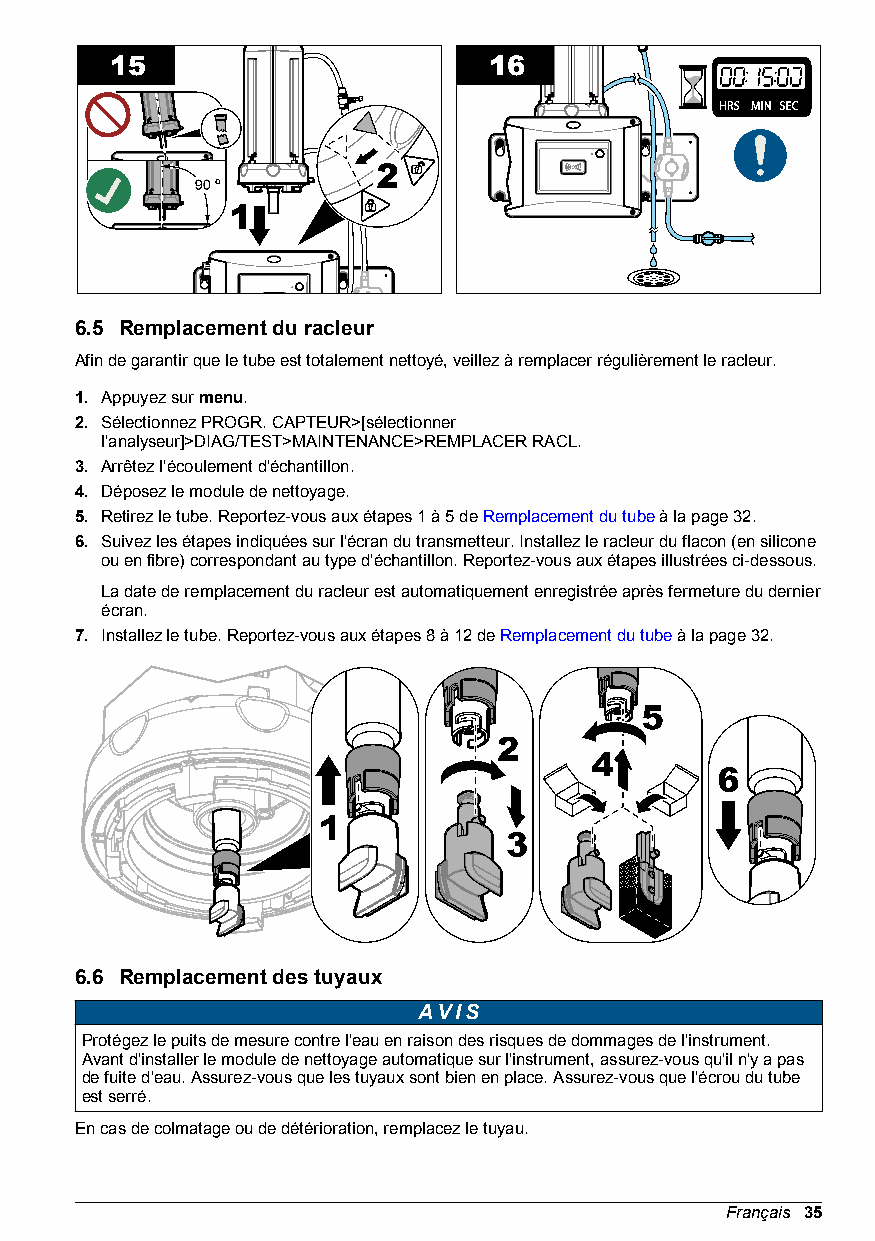
6.5 Remplacement du racleur
 Afin de garantir que le tube est totalement nettoyé, veillez à remplacer régulièrement le racleur.
 1. Appuyez sur menu.
 2. Sélectionnez PROGR. CAPTEUR>[sélectionner
 l'analyseur]>DIAG/TEST>MAINTENANCE>REMPLACER RACL.
 3. Arrêtez l'écoulement d'échantillon.
 4. Déposez le module de nettoyage.
 5. Retirez le tube. Reportez-vous aux étapes 1 à 5 de Remplacement du tube à la page 32.
 6. Suivez les étapes indiquées sur l'écran du transmetteur. Installez le racleur du flacon (en silicone
 ou en fibre) correspondant au type d'échantillon. Reportez-vous aux étapes illustrées ci-dessous.
 La date de remplacement du racleur est automatiquement enregistrée après fermeture du dernier
 écran.
 7. Installez le tube. Reportez-vous aux étapes 8 à 12 de Remplacement du tube à la page 32.
 6.6 Remplacement des tuyaux
 AVIS
 Protégez le puits de mesure contre l'eau en raison des risques de dommages de l'instrument.
 Avant d'installer le module de nettoyage automatique sur l'instrument, assurez-vous qu'il n'y a pas
 de fuite d'eau. Assurez-vous que les tuyaux sont bien en place. Assurez-vous que l'écrou du tube
 est serré.
 En cas de colmatage ou de détérioration, remplacez le tuyau.
 Français 35